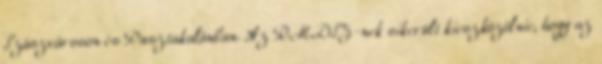
Szászvároson és Pusztakalánban. Az RMDSZ-nek sikerült kieszközölnie, hogy az